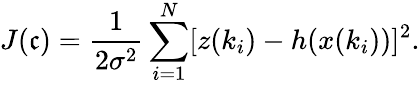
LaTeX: J(\mathfrak{c})=\frac{{1}}{{2\sigma^{2}}}\sum_{i=1}^{N}[z(k_{i})-h(x(k_{i}))]^{2}.